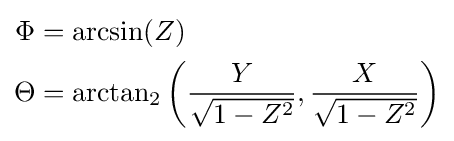
{\begin{aligned}\Phi &=\arcsin(Z)\\\Theta &=\arctan _{2}\left({\frac {Y}{\sqrt {1-Z^{2}}}},{\frac {X}{\sqrt {1-Z^{2}}}}\right)\end{aligned}}